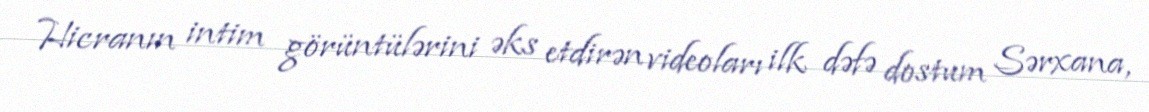
Hicranın intim görüntülərini əks etdirən videoları ilk dəfə dostum Sərxana,